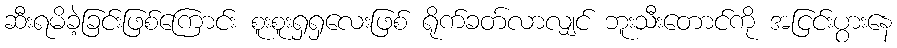
ဆီးရမိခဲ့ခြင်းဖြစ်ကြောင်း စူးစူးရှရှလေးဖြစ် ရိုက်ခတ်လာလျှင် ဘူးသီးတောင်ကို အငြင်းပွားနေ